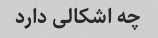
چه اشکالی دارد